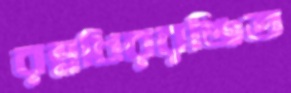
রম্নধিররঞ্জিত